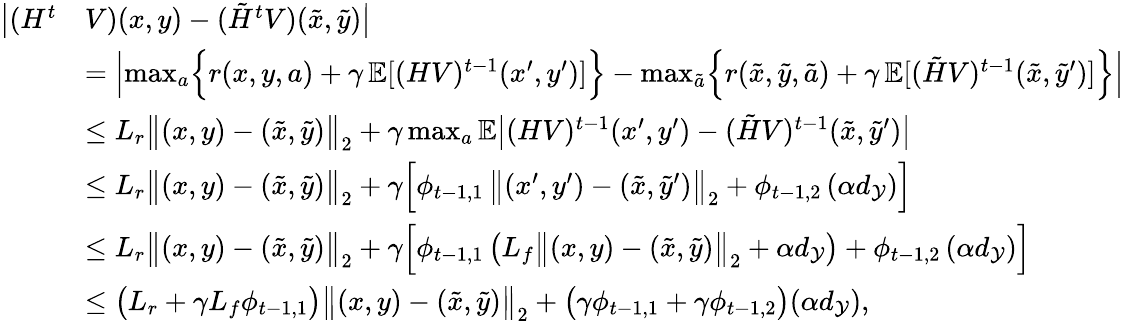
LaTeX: \begin{array}{rl}{\bigl|(H^{t}}&{V)(x,y)-(\tilde{H}^{t}V)(\tilde{x},\tilde{y})\bigr|}\\ &{=\Bigl|\operatorname*{max}_{a}\Bigl\{ r(x,y,a)+\gamma\, \mathbb{E}[(HV)^{t-1}(x^{\prime},y^{\prime})]\Bigr\} -\operatorname*{max}_{\tilde{a}}\Bigl\{ r(\tilde{x},\tilde{y},\tilde{a})+\gamma\, \mathbb{E}[(\tilde{H}V)^{t-1}(\tilde{x},\tilde{y}^{\prime})]\Bigr\} \Bigr|}\\ &{\le L_{r}\bigl\| (x,y)-(\tilde{x},\tilde{y})\bigr\| _{2}+\gamma\operatorname*{max}_{a}\mathbb{E}\bigl|(HV)^{t-1}(x^{\prime},y^{\prime})-(\tilde{H}V)^{t-1}(\tilde{x},\tilde{y}^{\prime})\bigr|}\\ &{\le L_{r}\bigl\| (x,y)-(\tilde{x},\tilde{y})\bigr\| _{2}+\gamma\Bigl[\phi_{t-1,1}\, \bigl\| (x^{\prime},y^{\prime})-(\tilde{x},\tilde{y}^{\prime})\bigr\| _{2}+\phi_{t-1,2}\, (\alpha d_{\mathcal{Y}})\Bigr]}\\ &{\le L_{r}\bigl\| (x,y)-(\tilde{x},\tilde{y})\bigr\| _{2}+\gamma\Bigl[\phi_{t-1,1}\, \bigl(L_{f}\bigl\| (x,y)-(\tilde{x},\tilde{y})\bigr\| _{2}+\alpha d_{\mathcal{Y}}\bigr)+\phi_{t-1,2}\, (\alpha d_{\mathcal{Y}})\Bigr]}\\ &{\le\bigl(L_{r}+\gamma L_{f}\phi_{t-1,1}\bigr)\bigl\| (x,y)-(\tilde{x},\tilde{y})\bigr\| _{2}+\bigl(\gamma\phi_{t-1,1}+\gamma\phi_{t-1,2}\bigr)(\alpha d_{\mathcal{Y}}),}\end{array}